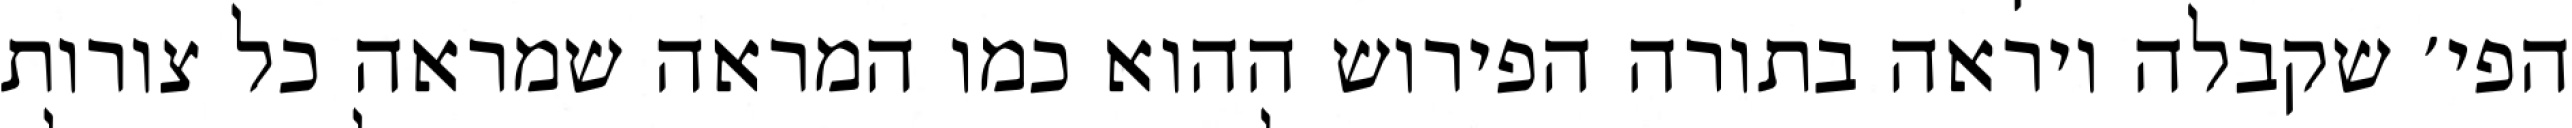
הפי׳ שקבלה ויראה בתורה הפירוש ההוא כמו המראה שמראה כל צורות